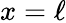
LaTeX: x=\ell